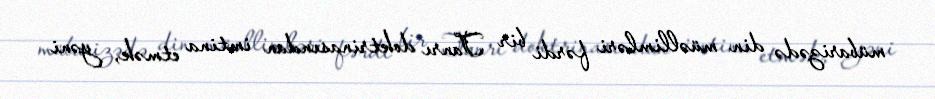
mübarizədə din müəllimləri fərdi bir Tanrı doktrinasından imtina etmək, yəni